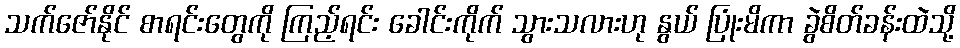
သက်ဇော်နိုင် စာရင်းတွေကို ကြည့်ရင်း ခေါင်းကိုက် သွားသလားဟု နွယ် ပြုံးမိကာ ခွဲစိတ်ခန်းထဲသို့